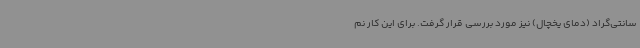
سانتی‌گراد (دمای یخچال) نیز مورد بررسی قرار گرفت. برای این کار نم